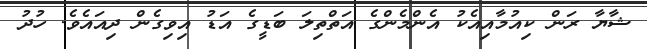
ޝާޔާ ރަން ކިއުމާއިއެކު އެންމެންގެ އަތްތިލަ ބަޑީގެ އަޑު އިވިގެން ދިއައެވެ. ހުދު